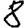
Digit: 8